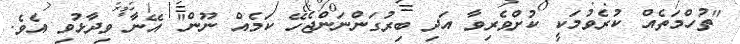
"ތުހްމަތެއް ކުރެވުމަކީ ކުށްވެރިވާ އަދި ބިރުގަންނަންޖެހޭ ކަމެއް ނޫން" އޭނާ ވިދާޅުވި އެވެ.